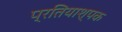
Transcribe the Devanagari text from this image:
प्रतियाश्पक